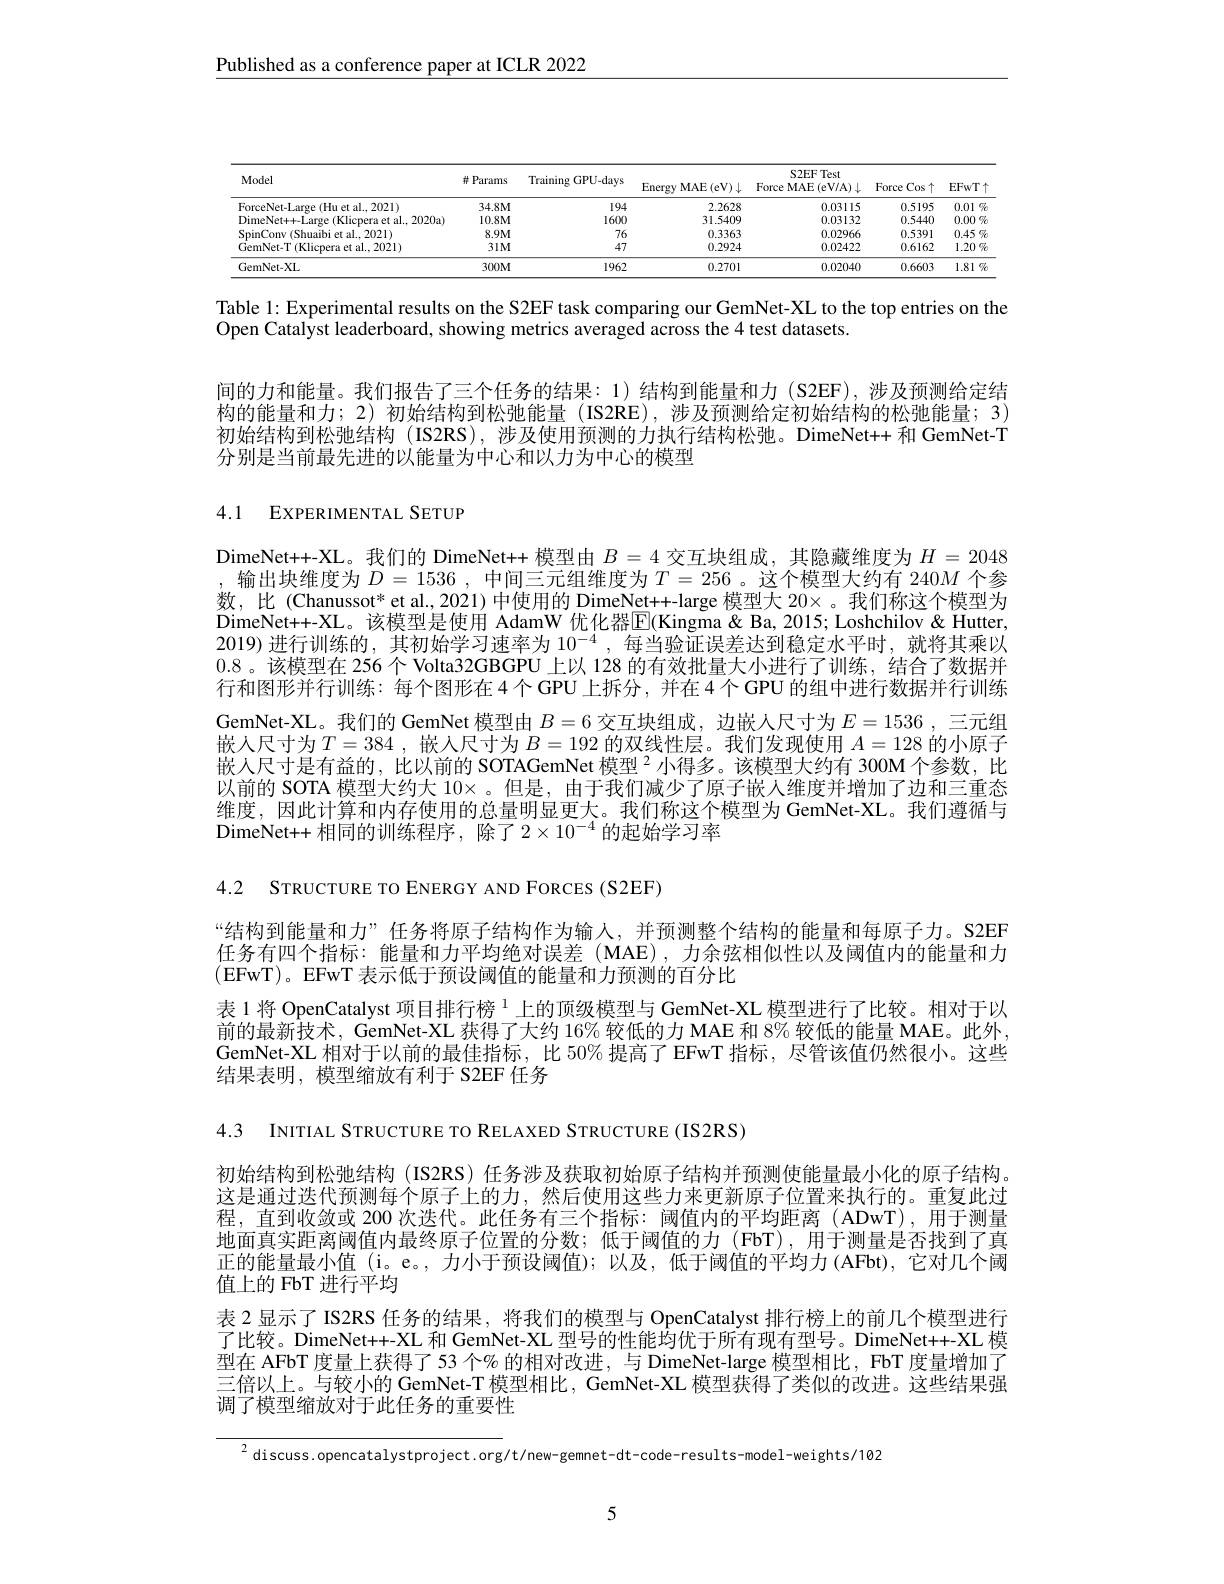
Published as a conference paper at ICLR 2022

<table>
	<tbody>
		<tr>
			<th>Model</th>
			<th>排 Params</th>
			<th>Training GPU-days</th>
			<th>Energy MAE (eV) $\downarrow$</th>
			<th>S2EF Test Force MAE (eV/A) $\downarrow$</th>
			<th>Force $Cos\uparrow$</th>
			<th>$EFWT1$</th>
		</tr>
		<tr>
			<td>ForceNet-Large (Hu et al..2021)</td>
			<td>$34.8M$</td>
			<td>194</td>
			<td>2.2628</td>
			<td>0.03115</td>
			<td>0.5195</td>
			<td>0.01 $e_{2}$</td>
		</tr>
		<tr>
			<td>DimeNet+-Large (Klicpera et al..2020a)</td>
			<td>$10.8M$</td>
			<td>1600</td>
			<td>31.5409</td>
			<td>0.03132</td>
			<td>0.5440</td>
			<td>0.00呢</td>
		</tr>
		<tr>
			<td>2021</td>
			<td>$8.9M$</td>
			<td>76</td>
			<td>0.3363</td>
			<td>0.02966</td>
			<td>0.5391</td>
			<td>0.45呢</td>
		</tr>
		<tr>
			<td>GemNet-T (Klicpera et al., 2021)</td>
			<td>$31M$</td>
			<td>47</td>
			<td>0.2924</td>
			<td>0.02422</td>
			<td>0.6162</td>
			<td>$1.20\%$</td>
		</tr>
		<tr>
			<td>GemNet-XL</td>
			<td>$300M$</td>
			<td>1962</td>
			<td>0.2701</td>
			<td>0.02040</td>
			<td>0.6603</td>
			<td>1.81 $1\%$ 1 </td>
		</tr>
	</tbody>
</table>

Table 1: Experimental results on the S2EF task comparing our GemNet- XL to the top entries on the
Open Catalyst leaderboard, showing metrics averaged across the 4 test datasets.

间的力和能量。我们报告了三个任务的结果：1)结构到能量和力(S2EF),涉及预测给定结构的能量和力；2)初始结构到松弛能量(IS2RE),涉及预测给定初始结构的松弛能量；3) 初始结构到松弛结构 (IS2RS),涉及使用预测的力执行结构松弛。DimeNet++和 GemNet-T 分别是当前最先进的以能量为中心和以力为中心的模型

4.1 EXPERIMENTAL SETUP

DimeNet+-XL。我们的 DimeNet++ 模型由$B=4$交互块组成，其隐藏维度为$H=2048$ ,输出块维度为$D=1536$,中间三元组维度为$T=256$ 。这个模型大约有 240$M$个参数，比(Chanussot* et al.,2021)中使用的 DimeNet++-large 模型大 20× 。我们称这个模型为DimeNet++-XL。该模型是使用 AdamW 优化器$\overline{\mathrm{E}}($Kingma &Ba, 2015; Loshchilov &Hutter, 2019)进行训练的，其初始学习速率为$10^{-4}$ ,每当验证误差达到稳定水平时，就将其乘以0.8 。该模型在 256 个 Volta32GBGPU 上以 128 的有效批量大小进行了训练，结合了数据并行和图形并行训练：每个图形在 4 个 GPU 上拆分，并在 4 个 GPU 的组中进行数据并行训练GemNet-XL。我们的 GemNet 模型由$B=6$交互块组成，边嵌人尺寸为$E=1536$ ,三元组嵌人尺寸为$T=384$ ,嵌人尺寸为$B=192$的双线性层。我们发现使用$A=128$的小原子嵌人尺寸是有益的，比以前的 SOTAGemNet 模型$^2$小得多。该模型大约有 300M 个参数，比以前的 SOTA 模型大约大$10\times$ 。但是，由于我们减少了原子嵌人维度并增加了边和三重态维度，因此计算和内存使用的总量明显更大。我们称这个模型为 GemNet-XL。我们遵循与DimeNet++ 相同的训练程序，除了$2\times10^{-4}$的起始学习率

4.2 STRUCTURE TO ENERGY AND FORCES (S2EF)

“结构到能量和力”任务将原子结构作为输入，并预测整个结构的能量和每原子力。S2EF 任务有四个指标：能量和力平均绝对误差(MAE),力余弦相似性以及阈值内的能量和力(EFwT)。EFwT 表示低于预设阈值的能量和力预测的百分比
表 1 将 OpenCatalyst 项目排行榜$^{1}$上的顶级模型与 GemNet-XL 模型进行了比较。相对于以前的最新技术，GemNet-XL 获得了大约 16% 较低的力 MAE 和 8% 较低的能量 MAE。此外GemNet-XL 相对于以前的最佳指标，比 50% 提高了 EFwT 指标，尽管该值仍然很小。这些结果表明，模型缩放有利于 S2EF 任务

4.3 INITIAL STRUCTURE TO RELAXED STRUCTURE(IS2RS)

初始结构到松弛结构 (IS2RS) 任务涉及获取初始原子结构并预测使能量最小化的原子结构。这是通过迭代预测每个原子上的力，然后使用这些力来更新原子位置来执行的。重复此过程，直到收敛或 200 次迭代。此任务有三个指标：阈值内的平均距离 (ADwT),用于测量地面真实距离阈值内最终原子位置的分数；低于阈值的力(FbT),用于测量是否找到了真正的能量最小值 (i。e。,力小于预设阈值);以及，低于阈值的平均力 (AFbt),它对几个阈值上的 FbT 进行平均
表 2 显示了 IS2RS 任务的结果，将我们的模型与 OpenCatalyst 排行榜上的前几个模型进行了比较。DimeNet++-XL 和 GemNet-XL 型号的性能均优于所有现有型号。DimeNet++-XL 模型在 AFbT 度量上获得了 53 个% 的相对改进，与 DimeNet-large 模型相比，FbT 度量增加了三倍以上。与较小的 GemNet-T 模型相比，GemNet-XL 模型获得了类似的改进。这些结果强调了模型缩放对于此任务的重要性

$^{2}$discuss.opencatalystproject.org/t/new-gemnet-dt-code-results-model-weights/102

5